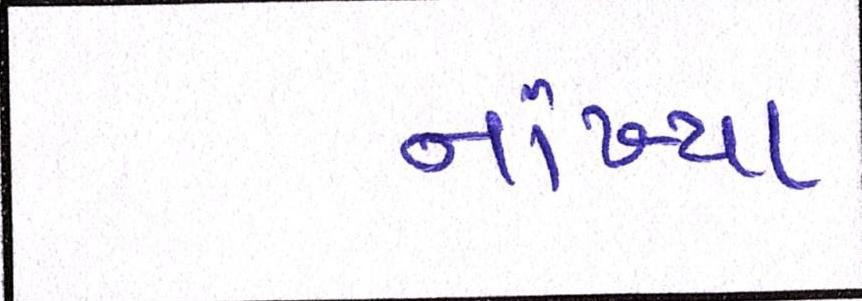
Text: નાંખ્યા